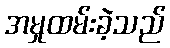
အမှုထမ်းခဲ့သည်